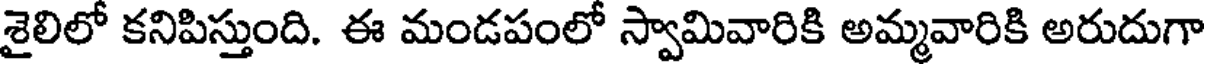
శైలిలో కనిపిస్తుంది. ఈ మండపంలో స్వామివారికి అమ్మవారికి అరుదుగా